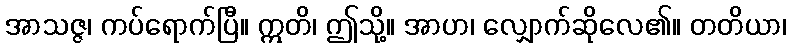
အာသဇ္ဇ၊ ကပ်ရောက်ပြီ။ ဣတိ၊ ဤသို့။ အာဟ၊ လျှောက်ဆိုလေ၏။ တတိယာ၊